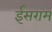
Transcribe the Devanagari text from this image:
ईसराम